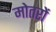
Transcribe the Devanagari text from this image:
मोतरों